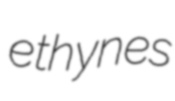
ethynes